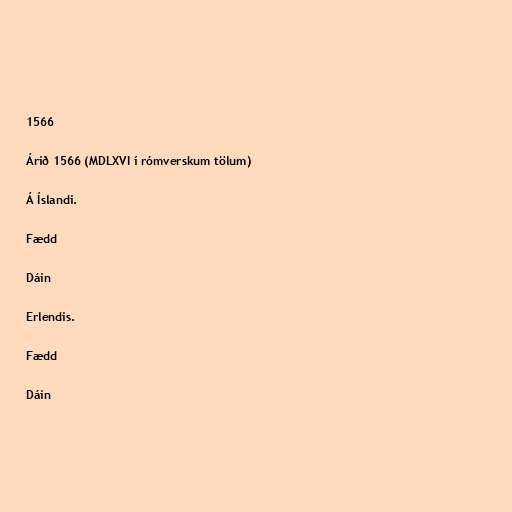
1566

Árið 1566 (MDLXVI í rómverskum tölum)

Á Íslandi.

Fædd

Dáin

Erlendis.

Fædd

Dáin